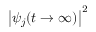
\left| \psi _ { j } ( t \rightarrow \infty ) \right| ^ { 2 }